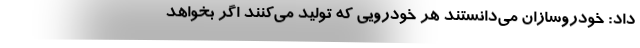
داد: خودروسازان می‌دانستند هر خودرویی که تولید می‌کنند اگر بخواهد